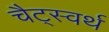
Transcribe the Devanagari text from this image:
चैट्स्वर्थ